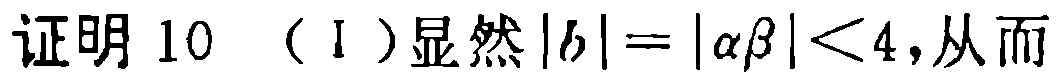
证明 10 （I）显然\(|b| = |\alpha\beta| < 4\)，从而